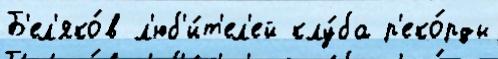
Б'ел'яко́в л'юб'и́т'ел'ей клу́ба р'еко́рды